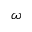
\omega